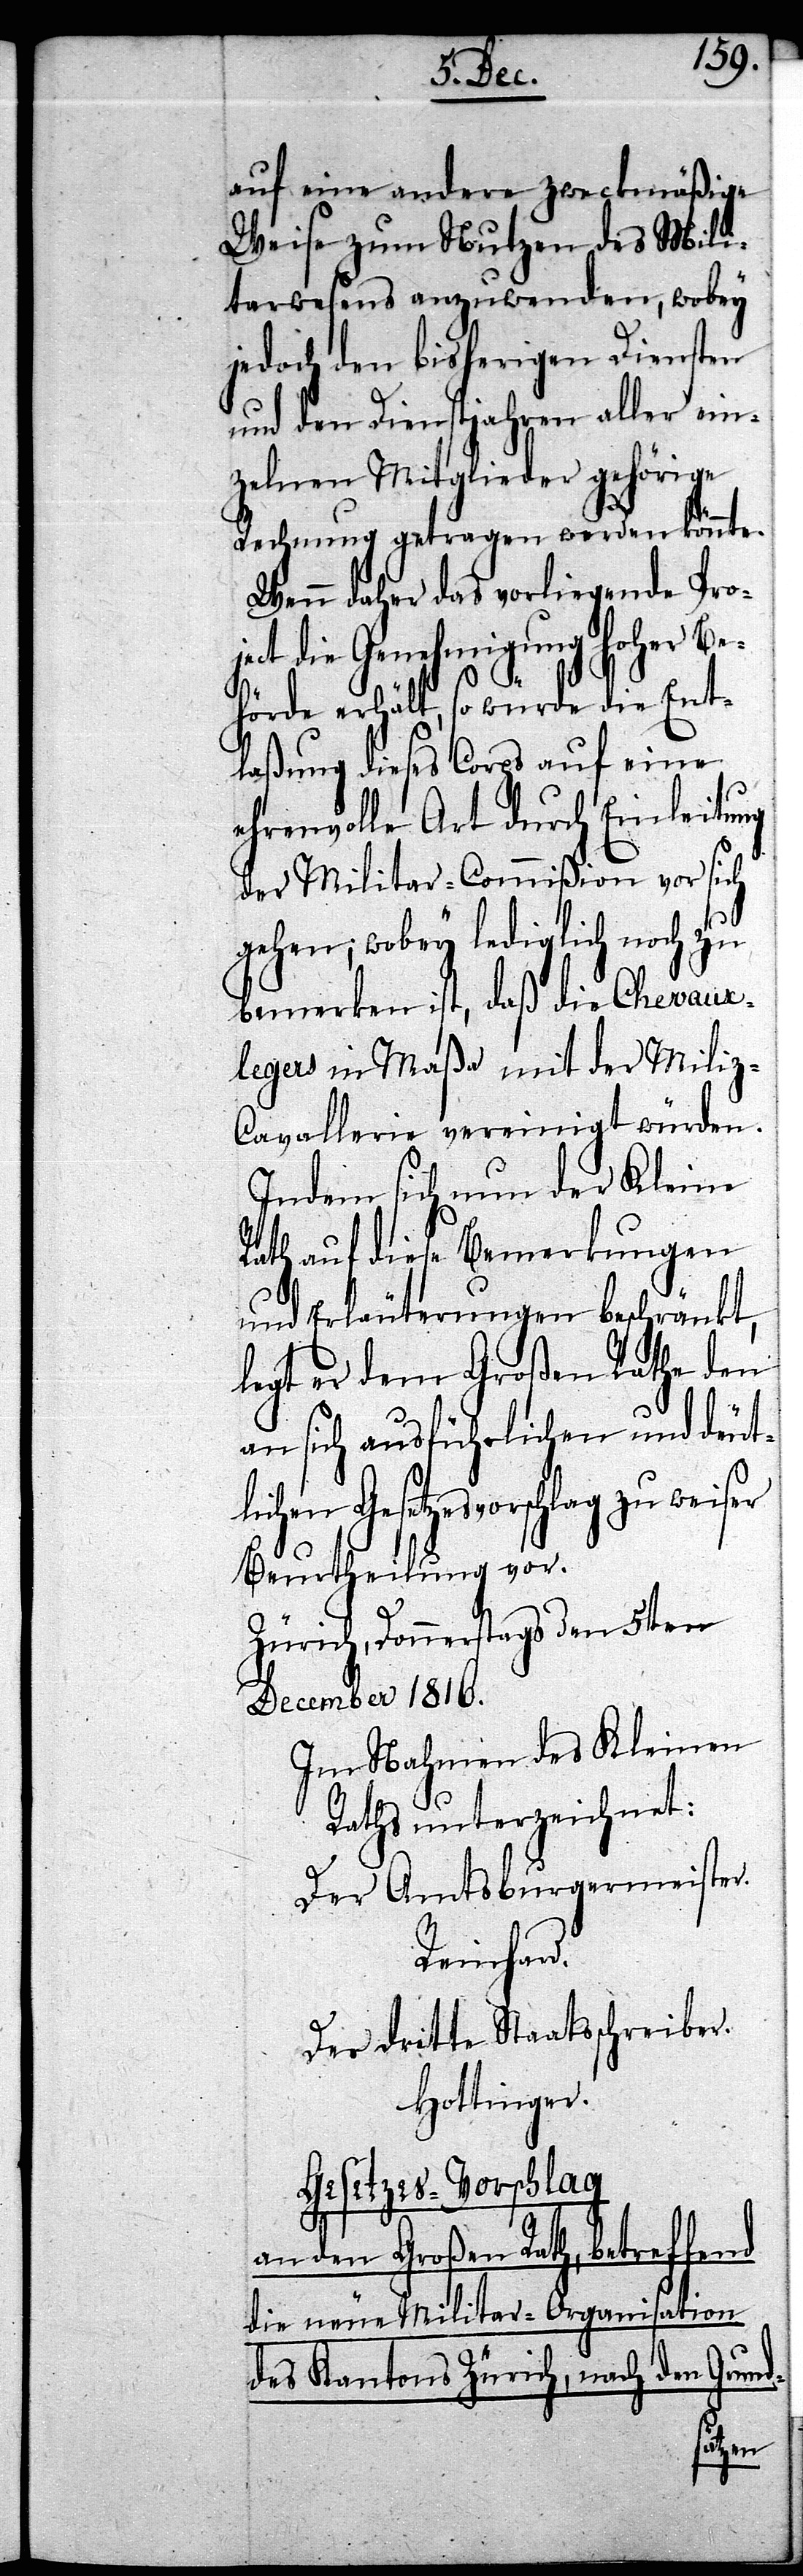
auf eine andere zweckmäßige
Weise zum Nutzen des Mili¬
tarwesens anzuwenden, wobey
jedoch den bisherigen Diensten
und den Dienstjahren aller ein¬
zelnen Mitglieder gehörige
Rechnung getragen werden könnte.
Wenn daher das vorliegende Pro¬
ject die Genehmigung Hoher Be¬
hörde erhält, so würde die Ent¬
laßung dieses Corps auf eine
ehrenvolle Art durch Einleitung
der Militar-Commißion vor sich
gehen; wobey lediglich noch zu
bemerken ist, daß die Chevaux-l¬
egers in Maßa mit der Miliz-C¬
avallerie vereinigt würden.
Indem sich nun der Kleine
Rath auf diese Bemerkungen
und Erläuterungen beschränkt,
legt er dem Großen Rathe den
an sich ausführlichen und deut¬
lichen Gesetzesvorschlag zu weiser
Beurtheilung vor.
Zürich, Donnerstags den 5ten
December 1816.
Im Nahmen des Kleinen
Raths unterzeichnet:
Der Amtsburgermeister.
Reinhard.
Der dritte Staatsschreiber.
Hottinger.
Gesetzes-Vorschlag
an den Großen Rath, betreffend
die neue Militar-Organisation
des Kantons Zürich, nach den Grund-